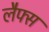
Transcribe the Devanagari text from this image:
लैफ्स